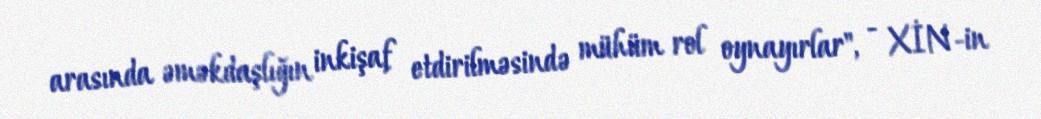
arasında əməkdaşlığın inkişaf etdirilməsində mühüm rol oynayırlar", - XİN-in